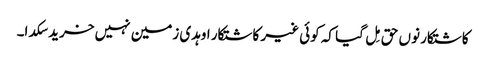
کاشتکار نوں حق مِل گیا کہ کوئی غیر کاشتکار اوہدی زمین نہیں خرید سکدا۔